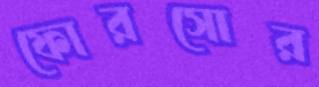
ফোরসোর